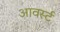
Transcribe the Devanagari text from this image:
आवर्स्ट